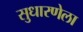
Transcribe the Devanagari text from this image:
सुधारणेला